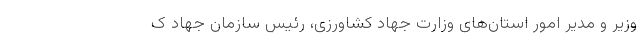
وزیر و مدیر امور استان‌های وزارت جهاد کشاورزی، رئیس سازمان جهاد ک